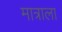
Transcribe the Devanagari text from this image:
मात्राला